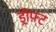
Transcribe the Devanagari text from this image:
ड्रीफ़्ट